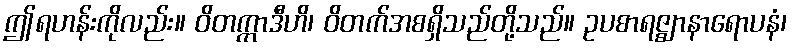
ဤရဟန်းကိုလည်း။ ဝိတက္ကာဒီဟိ၊ ဝိတက်အစရှိသည်တို့သည်။ ဥပစာရဇ္ဈာနာရောပနံ၊